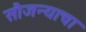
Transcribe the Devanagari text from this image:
सौजन्याचा